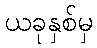
ယခုနှစ်မှ